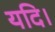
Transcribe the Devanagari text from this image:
यदि।